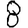
Digit: 8